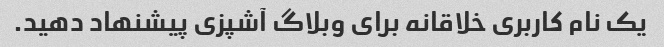
یک نام کاربری خلاقانه برای وبلاگ آشپزی پیشنهاد دهید.